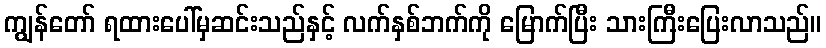
ကျွန်တော် ရထားပေါ်မှဆင်းသည်နှင့် လက်နှစ်ဘက်ကို မြောက်ပြီး သားကြီးပြေးလာသည်။